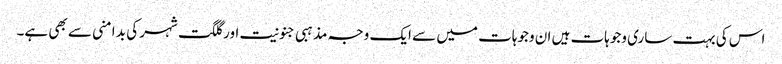
اس کی بہت ساری وجوہات ہیں ان وجوہات میں سے ایک وجہ مذہبی جنونیت اور گلگت شہر کی بد امنی سے بھی ہے۔